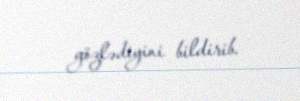
gözlədiyini bildirib.